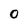
Character: O